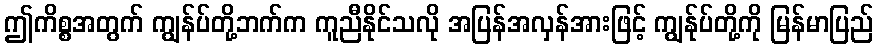
ဤကိစ္စအတွက် ကျွန်ပ်တို့ဘက်က ကူညီနိုင်သလို အပြန်အလှန်အားဖြင့် ကျွန်ုပ်တို့ကို မြန်မာပြည်